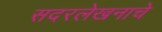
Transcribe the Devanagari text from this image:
सदरलेखनाचे